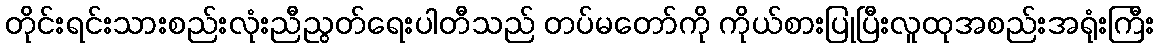
တိုင်းရင်းသားစည်းလုံးညီညွတ်ရေးပါတီသည် တပ်မတော်ကို ကိုယ်စားပြုပြီးလူထုအစည်းအရုံးကြီး